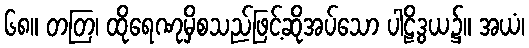
၆၈။ တတြ၊ ထိုရေဏုမှိစသည်ဖြင့်ဆိုအပ်သော ပါဠိဒွယ၌။ အယံ၊